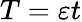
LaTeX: T=\varepsilon t